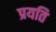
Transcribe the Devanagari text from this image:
प्रयति